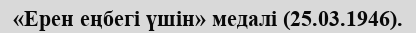
«Ерен еңбегі үшін» медалі (25.03.1946).